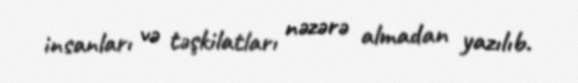
insanları və təşkilatları nəzərə almadan yazılıb.